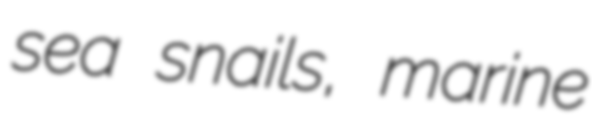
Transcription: sea snails, marine